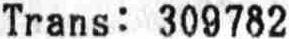
TRANS: 309782